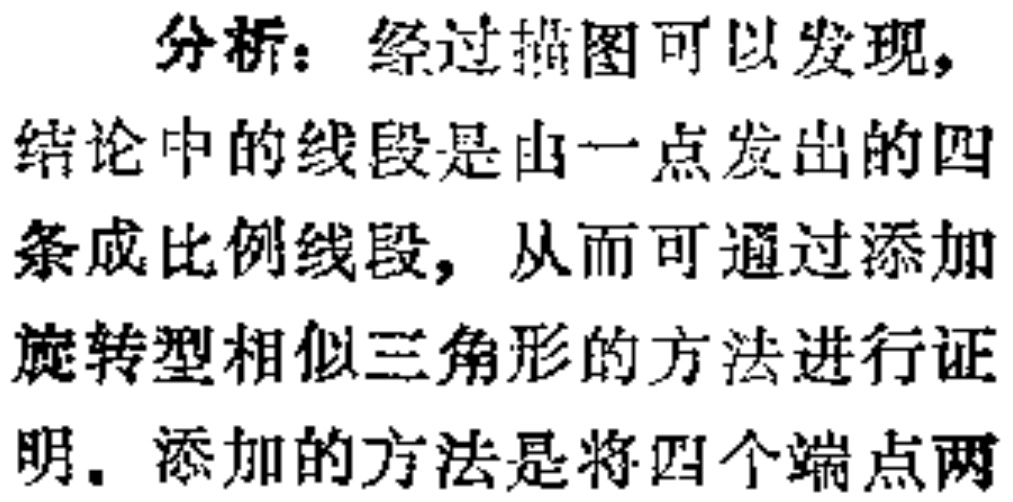
分析：经过描图可以发现，
结论中的线段是由一点发出的四条成比例线段，从而可通过添加旋转型相似三角形的方法进行证明. 添加的方法是将四个端点两